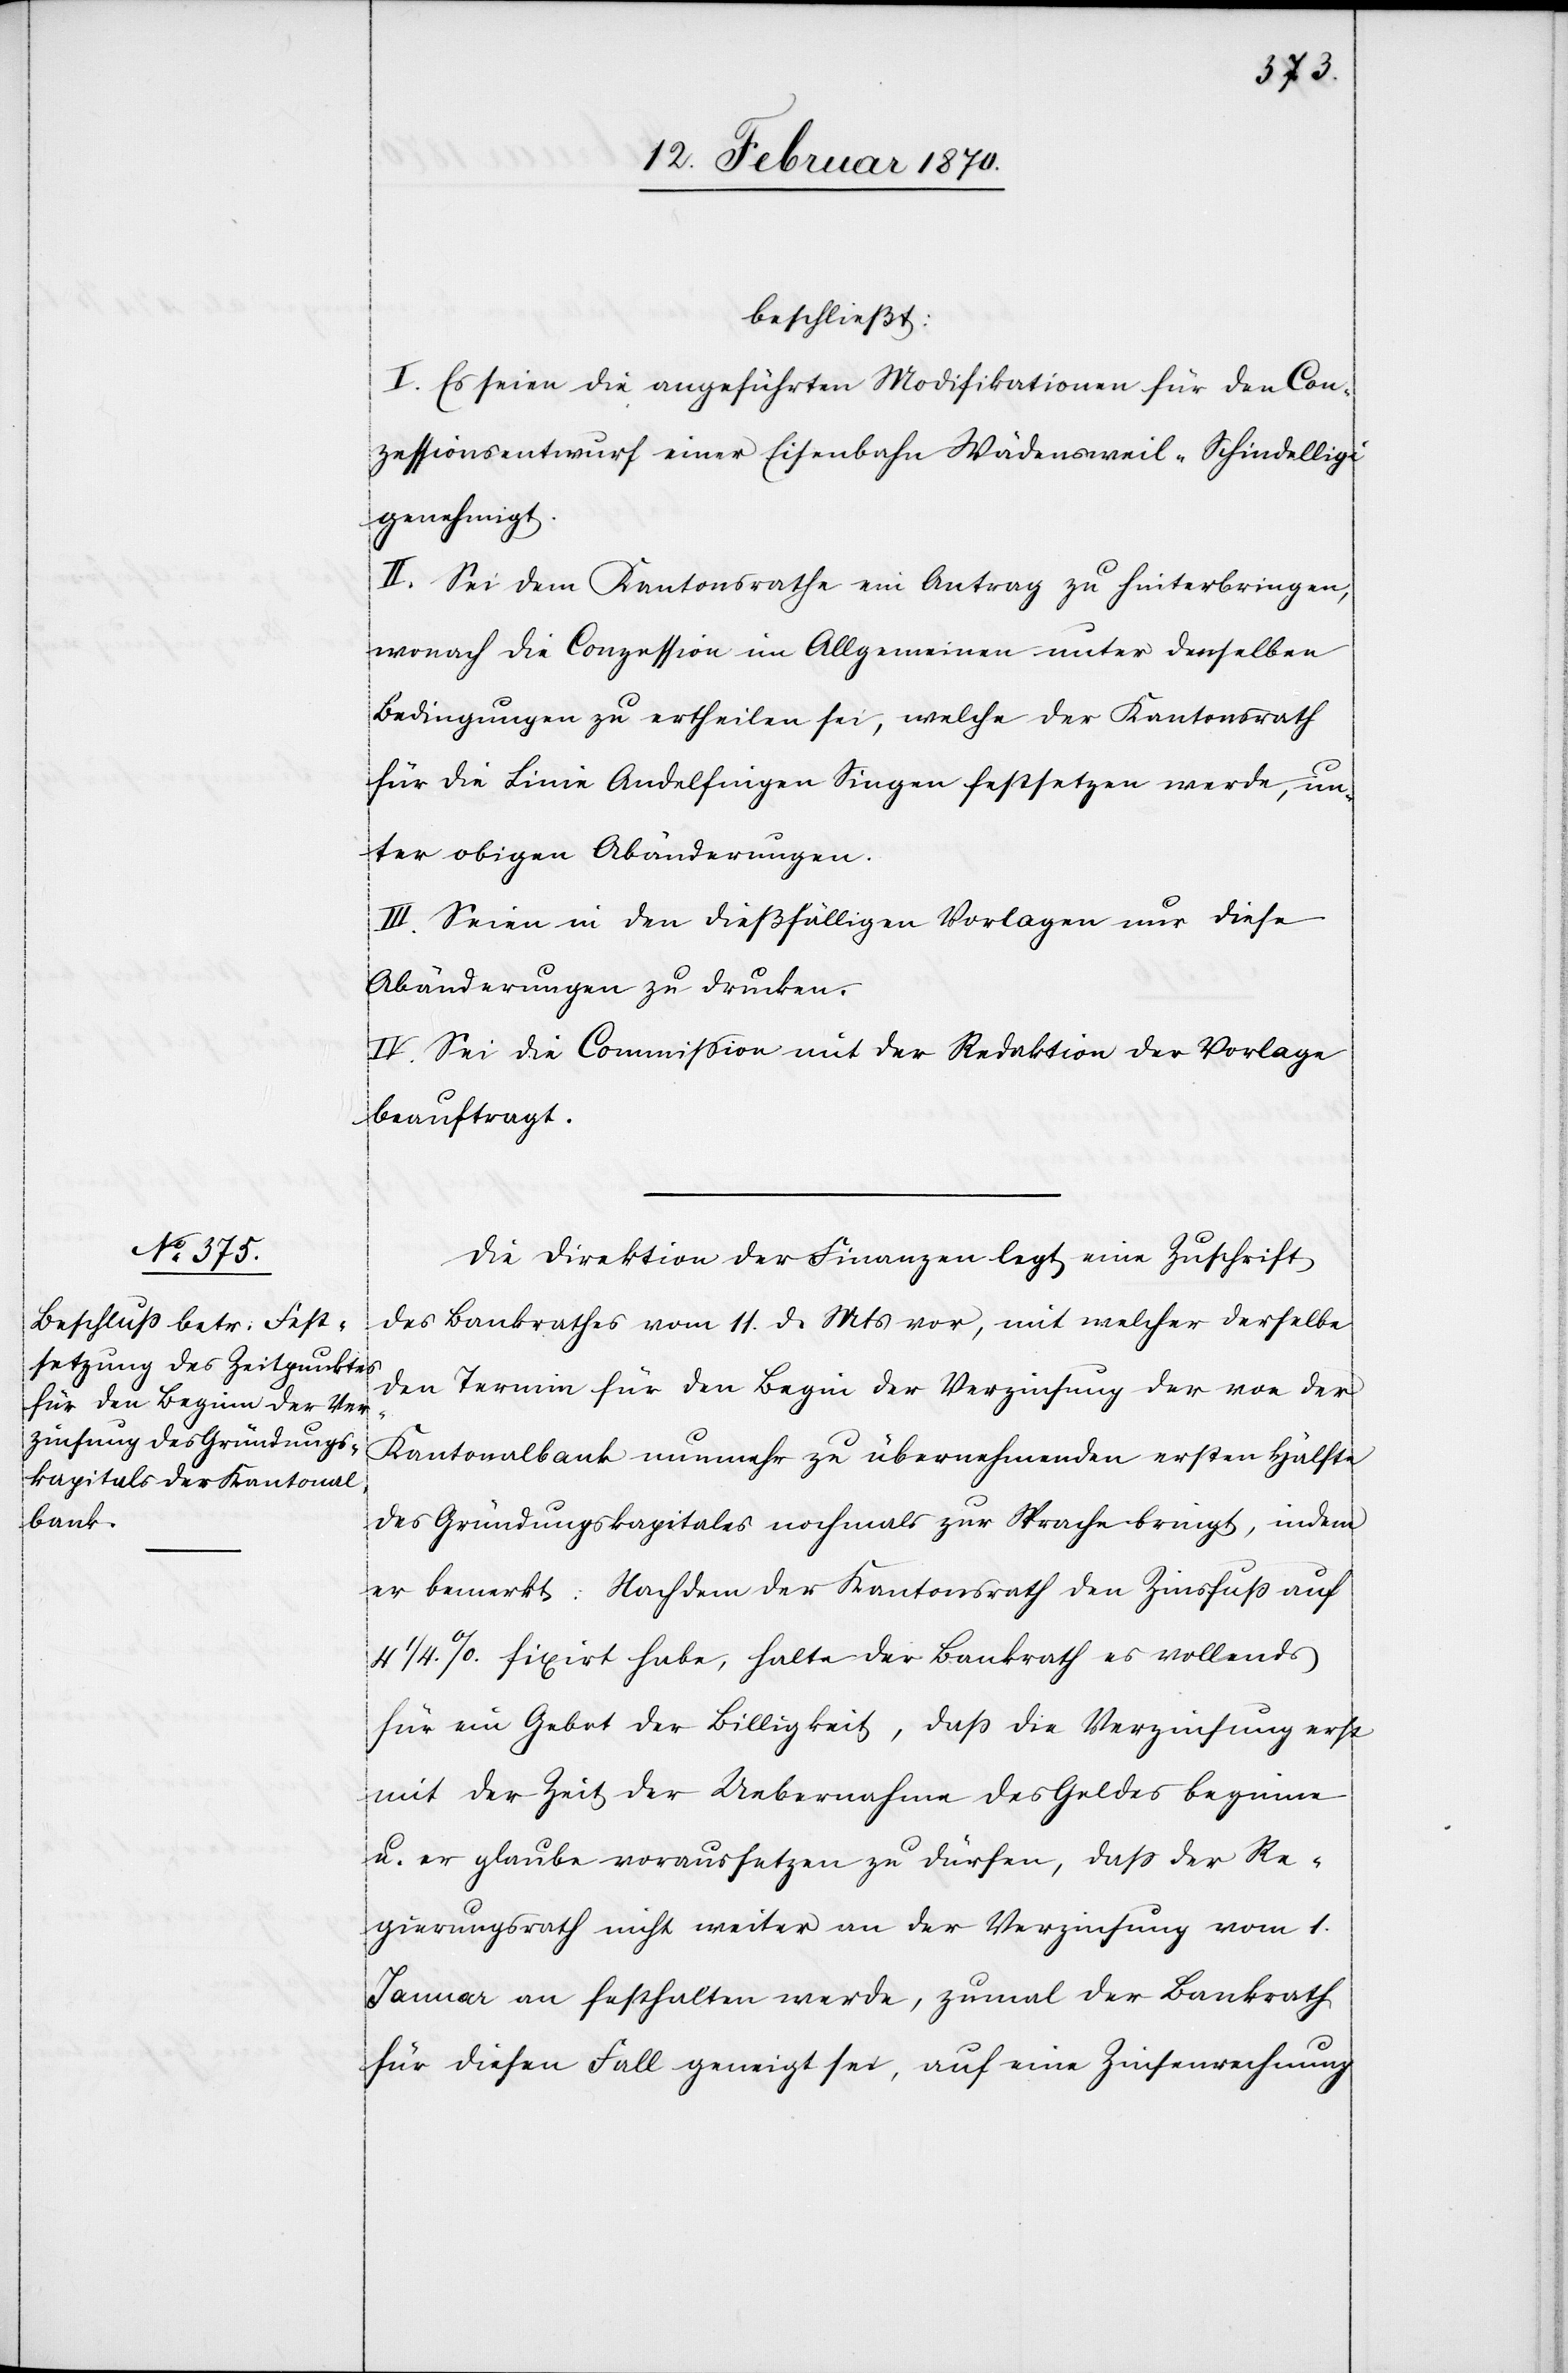
beschließt:
I. Es seien die angeführten Modifikationen für den Con¬
zessionsentwurf einer Eisenbahn Wädensweil–Schindelligi
genehmnigt.
II. Sei dem Kantonsrathe ein Antrag zu hinterbringen,
wonach die Conzession im Allgemeinen unter denselben
Bedingungen zu ertheilen sei, welche der Kantonsrath
für die Linie Andelfingen[–]Singen festsetzen werde, un¬
ter obigen Abänderungen.
III. Seien in den dießfälligen Vorlagen nur diese
Abänderungen zu drucken.
IV. Sei die Commission mit der Redaktion der Vorlage
beauftragt.
Die Direktion der Finanzen legt eine Zuschrift
des Bankrathes vom 11. d. Mts vor, mit welcher derselbe
den Termin für den Begin der Verzinsung der von der
Kantonalbank nunmehr zu übernehmenden ersten Hälfte
des Gründungskapitales nochmals zur Sprache bringt, indem
er bemerkt: Nachdem der Kantonsrath den Zinsfuß auf
4 ¼.%. fixirt habe, halte der Bankrath es vollends
für ein Gebot der Billigkeit, daß die Verzinsung erst
mit der Zeit der Uebernahme des Geldes beginne
u. er glaube voraussetzen zu dürfen, dass der Re¬
gierungsrath nicht weiter an der Verzinsung vom 1.
Januar an festhalten werde, zumal der Bankrath
für diesen Fall geneigt sei, auf eine Zinsenrechnung